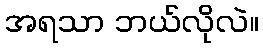
အရသာ ဘယ်လိုလဲ။